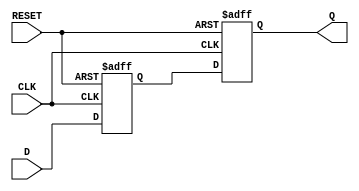
module master_slave_ff_synchronizer (
    input wire D,            // Asynchronous input signal
    input wire CLK,          // Primary clock signal
    input wire RESET,        // Asynchronous reset signal
    output reg Q            // Synchronized output signal
);

    // Internal signals
    reg Q_M;                // Output of the master flip-flop

    // Master Flip-Flop
    always @(posedge CLK or posedge RESET) begin
        if (RESET) begin
            Q_M <= 1'b0;    // Reset master flip-flop
        end else begin
            Q_M <= D;       // Capture input D on rising edge of CLK
        end
    end

    // Slave Flip-Flop
    always @(posedge CLK or posedge RESET) begin
        if (RESET) begin
            Q <= 1'b0;      // Reset slave flip-flop
        end else begin
            Q <= Q_M;       // Capture output from master flip-flop
        end
    end

endmodule